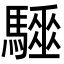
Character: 𩦁